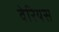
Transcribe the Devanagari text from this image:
वेरियस